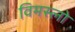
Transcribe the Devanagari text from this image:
विमस्लो